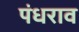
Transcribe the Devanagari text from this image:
पंधराव